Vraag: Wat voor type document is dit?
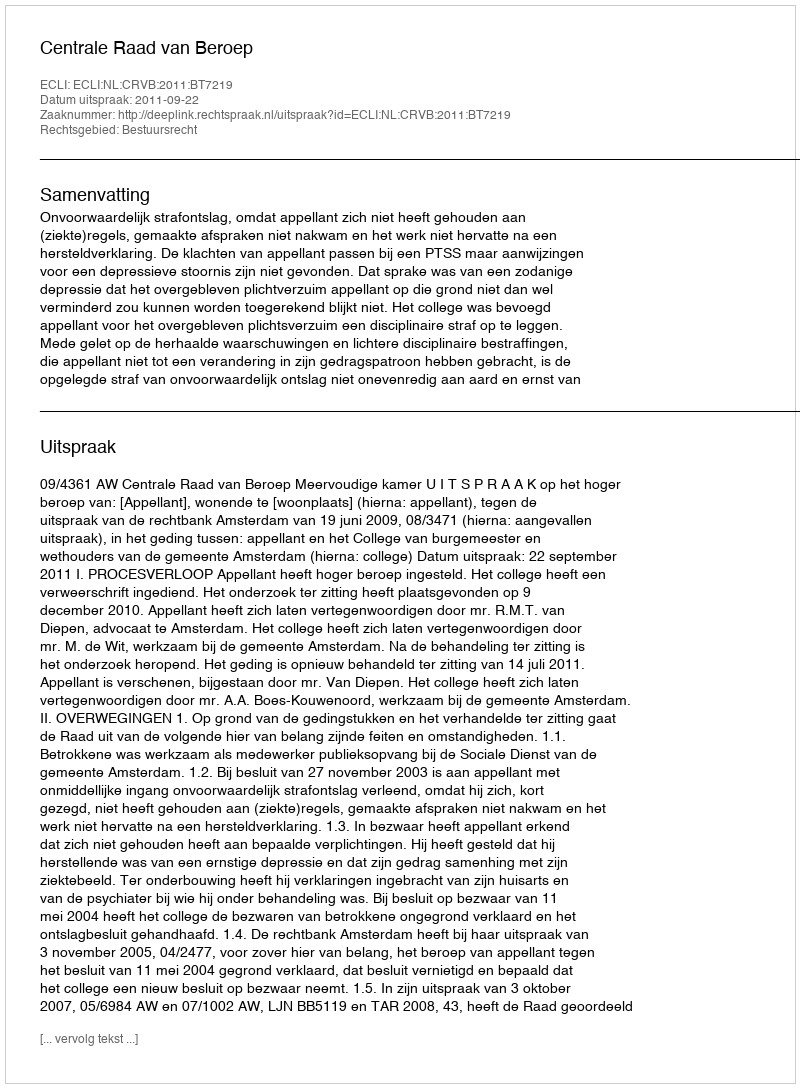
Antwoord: Uitspraak